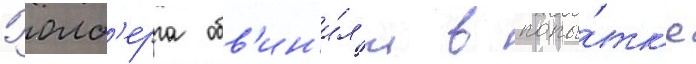
Уолб'ерга обв'ин'и́л'и в попы́тк'е